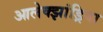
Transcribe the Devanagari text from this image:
आलेक्झांड्रिया